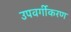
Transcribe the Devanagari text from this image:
उपवर्गीकरण